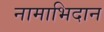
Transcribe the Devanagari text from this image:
नामाभिदान